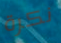
نكرة